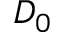
D _ { 0 }